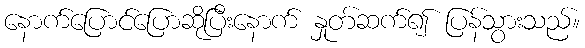
နောက်ပြောင်ပြောဆိုပြီးနောက် နှုတ်ဆက်၍ ပြန်သွားသည်။